Vaccination in Bombay 1869-1873 - 1869-1873
Year: 1869
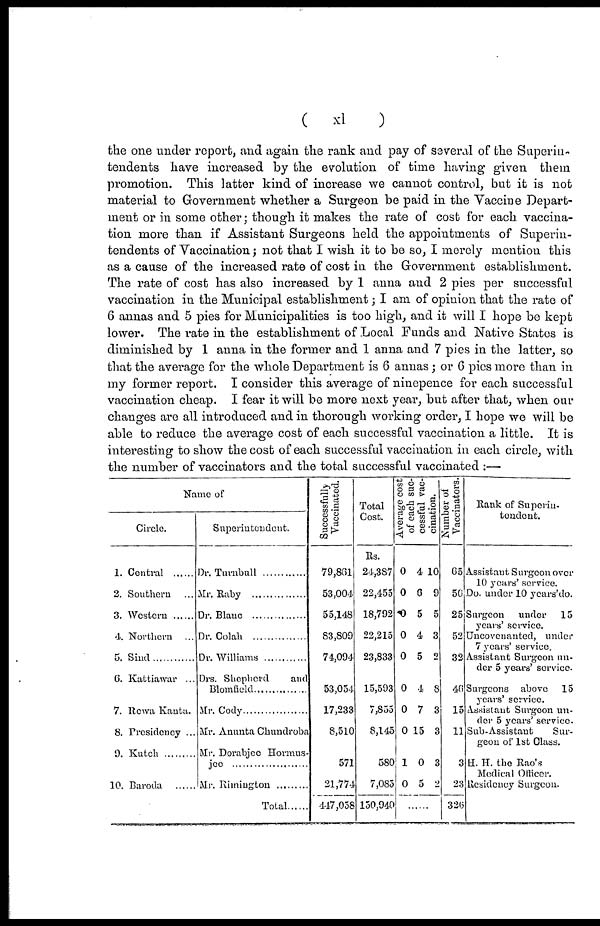
(
xl
)
the one under report, and again the rank and pay of several of the Superin-
tendents have increased by the evolution of time having given them
promotion. This latter kind of increase we cannot control, but it is not
material to Government whether a Surgeon be paid in the Vaccine Depart-
ment or in some other; though it makes the rate of cost for each vaccina-
tion more than if Assistant Surgeons held the appointments of Superin-
tendents of Vaccination; not that I wish it to be so, I merely mention this
as a cause of the increased rate of cost in the Government establishment.
The rate of cost has also increased by 1 anna and 2 pies per successful
vaccination in the Municipal establishment; I am of opinion that the rate of
6 annas and 5 pies for Municipalities is too high, and it will I hope be kept
lower. The rate in the establishment of Local Funds and Native States is
diminished by 1 anna in the former and 1 anna and 7 pies in the latter, so
that the average for the whole Department is 6 annas; or 6 pies more than in
my former report. I consider this average of ninepence for each successful
vaccination cheap. I fear it will be more next year, but after that, when our
changes are all introduced and in thorough working order, I hope we will be
able to reduce the average cost of each successful vaccination a little. It is
interesting to show the cost of each successful vaccination in each circle, with
the number of vaccinators and the total successful vaccinated :—
Name of
Circle.
1. Central .......
2. Southern ...
3. Western ......
4. Northern ...
5. Sind
6. Kattiawar ...
7. Rewa Kanta.
8. Presidency ...
9. Kutch
10. Baroda
......
Superintendent.
Dr. Turnbull
Mr. Raby
Dr. Blanc .................
Dr. Colah
Dr. Williams
Drs. Shepherd and
Blomfield...............
Mr. Cody
Mr. Anunta Chundroba
Mr. Dorabjee Hormus-
jee ...........................
Mr. Rimington .........
Total .......
Successfully
Vaccinated.
79,861
53,004
55,148
83,809
74,094
53,054
17,233
8,510
571
21,774
447,058
Total
Cost.
Rs.
24,387
22,455
18,792
22,215
23,833
15,593
7,855
8,145
580
7,085
150,940
Ave r
a ge cost
of each suc-
cessful vac-
cination.
0
0
0
0
0
0
0
0
1
0
4
6
5
4
5
4
7
15
0
5
10
9
5
3
2
8
3
3
3
2
......
Number of
Vaccinators.
65
56
25
52
32
46
15
11
3
23
326
Rank of Superin-
tendent.
Assistant Surgeon over
10 years' service.
Do. under 10 years'do.
Surgeon under 15
years' service.
Uncovenanted, under
7 years' service.
Assistant Surgeon un-
der 5 years' service.
Surgeons above 15
years' service.
Assistant Surgeon un-
der 5 years' service.
Sub-Assistant
Sur-
geon of 1st Class.
H. H. the Rao's
Medical Officer.
Residency Surgeon.